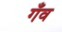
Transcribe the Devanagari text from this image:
गँव